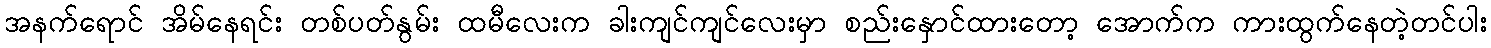
အနက်ရောင် အိမ်နေရင်း တစ်ပတ်နွမ်း ထမီလေးက ခါးကျင်ကျင်လေးမှာ စည်းနှောင်ထားတော့ အောက်က ကားထွက်နေတဲ့တင်ပါး